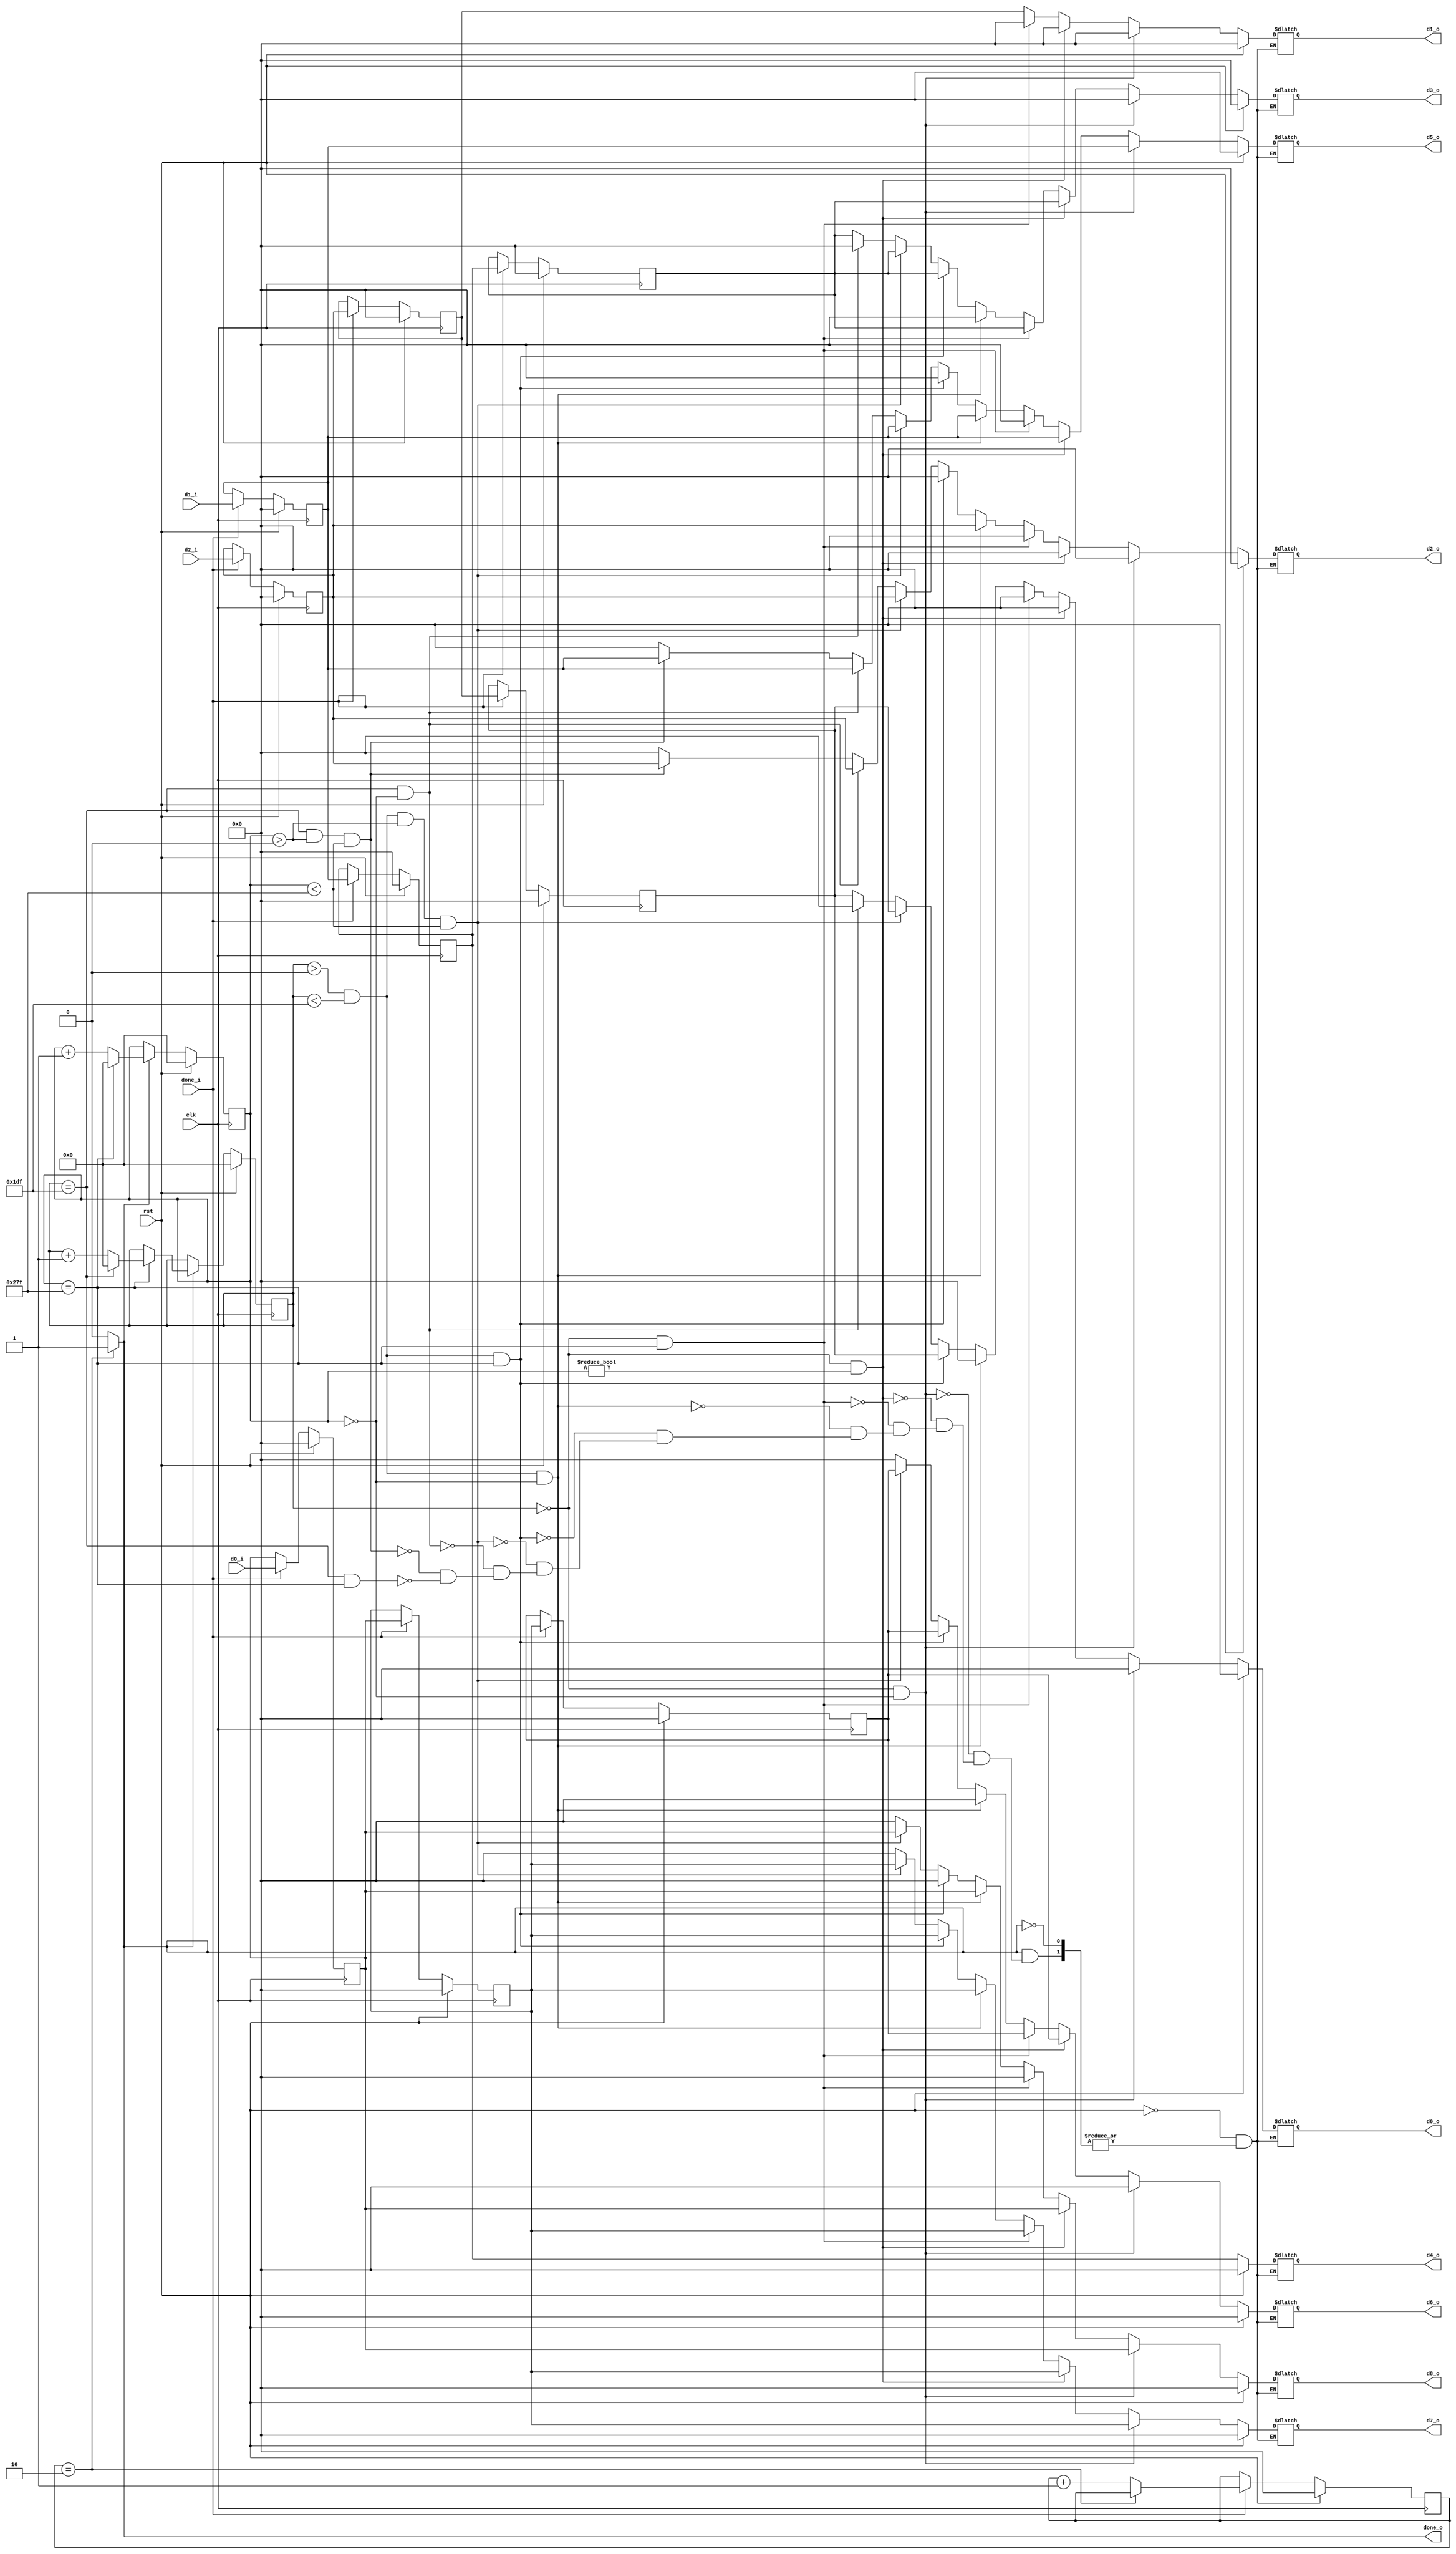
`timescale 1ns / 1ps
//////////////////////////////////////////////////////////////////////////////////
// Company: 
// Engineer: 
// 
// Design Name: 
// Module Name: sobel_data_mod
// Project Name: 
// Target Devices: 
// Tool Versions: 
// Description: 
// 
// Dependencies: 
// 
// Revision:
// Revision 0.01 - File Created
// Additional Comments:
// 
//////////////////////////////////////////////////////////////////////////////////


module sobel_data_mod(
    input clk,
    input rst,

    input [7:0] d0_i,
    input [7:0] d1_i,
    input [7:0] d2_i,

    input done_i,

    output reg [7:0] d0_o, d1_o, d2_o, d3_o, d4_o, d5_o, d6_o, d7_o, d8_o,
    output done_o
    );

    parameter ROWS = 480;
    parameter COLS = 640;

    reg [9:0] row, col;
    reg [7:0] data0, data1, data2, data3, data4, data5, data6, data7, data8;
    reg [7:0] counter;
    
    assign done_o = (counter == 2) ? 1 : 0;


//-----------calculate current pixel's row, col----------

    always @(posedge clk ) begin
        if(rst) begin
            row <= 0;
            col <= 0;
        end else begin
            if(done_o) begin
                col <= (col == COLS-1) ? 0 : col + 1;
                if(col == COLS-1) begin
                    row <= (row == ROWS - 1) ? 0 : row + 1;
                end
            end
        end
    end

//-----------calculate output data-----------------------
//-----------calculate edge cases------------------------

    always @(*) begin
        if (rst) begin
            d0_o <= 0;                      //-----------d0 d1 d2-----------
            d1_o <= 0;                      //-----------d3 d4 d5-----------
            d2_o <= 0;                      //-----------d6 d7 d8-----------
            d3_o <= 0; 
            d4_o <= 0; 
            d5_o <= 0; 
            d6_o <= 0; 
            d7_o <= 0; 
            d8_o <= 0;
        end else begin
            if(done_o) begin
                if(row == 0 && col ==0) begin
                    d0_o <= 0;              //-----------0  0  0-----------
                    d1_o <= 0;              //-----------0  d4 d5-----------
                    d2_o <= 0;              //-----------0  d7 d8-----------
                    d3_o <= 0; 
                    d4_o <= data4; 
                    d5_o <= data5; 
                    d6_o <= 0; 
                    d7_o <= data7; 
                    d8_o <= data8;                    
                end else if(row == 0 && col != 0) begin
                    d0_o <= 0;              //-----------0  0  0-----------
                    d1_o <= 0;              //-----------d3 d4 d5-----------
                    d2_o <= 0;              //-----------d6 d7 d8-----------
                    d3_o <= data3; 
                    d4_o <= data4; 
                    d5_o <= data5; 
                    d6_o <= data6; 
                    d7_o <= data7; 
                    d8_o <= data8;                
                end else if (row == 0 && col == COLS - 1) begin
                    d0_o <= 0;              //-----------0  0  0-----------
                    d1_o <= 0;              //-----------d3 d4 0-----------
                    d2_o <= 0;              //-----------d6 d7 0-----------
                    d3_o <= data3; 
                    d4_o <= data4; 
                    d5_o <= 0; 
                    d6_o <= data6; 
                    d7_o <= data7; 
                    d8_o <= 0;
                end else if (row > 0 && row < ROWS-1 && col == 0) begin
                    d0_o <= 0;              //-----------0 d1 d2-----------
                    d1_o <= data1;          //-----------0 d4 d5-----------
                    d2_o <= data2;          //-----------0 d7 d8-----------
                    d3_o <= 0; 
                    d4_o <= data4; 
                    d5_o <= data5; 
                    d6_o <= 0; 
                    d7_o <= data7; 
                    d8_o <= data8;
                end else if(row > 0 && row < ROWS-1 && col == COLS-1) begin
                    d0_o <= data0;           //-----------d0 d1 0-----------
                    d1_o <= data1;           //-----------d3 d4 0-----------
                    d2_o <= 0;               //-----------d6 d7 0-----------
                    d3_o <= data3; 
                    d4_o <= data4; 
                    d5_o <= 0; 
                    d6_o <= data6; 
                    d7_o <= data7; 
                    d8_o <= 0;
                end else if (row > 0 && row < ROWS-1 && col > 0 && col < COLS-1) begin
                    d0_o <= data0;           //-----------d0 d1 d2-----------
                    d1_o <= data1;           //-----------d3 d4 d5-----------
                    d2_o <= data2;           //-----------d6 d7 d8-----------
                    d3_o <= data3; 
                    d4_o <= data4; 
                    d5_o <= data5; 
                    d6_o <= data6; 
                    d7_o <= data7; 
                    d8_o <= data8;
                end else if (row == ROWS-1 && col == 0) begin
                    d0_o <= 0;               //-----------0 d1 d2-----------
                    d1_o <= data1;           //-----------0 d4 d5-----------
                    d2_o <= data2;           //-----------0  0  0-----------
                    d3_o <= 0; 
                    d4_o <= data4; 
                    d5_o <= data5; 
                    d6_o <= 0; 
                    d7_o <= 0; 
                    d8_o <= 0;                    
                end else if (row == ROWS-1 && col > 0 && col < COLS-1) begin
                    d0_o <= data0;           //-----------d0 d1 d2-----------
                    d1_o <= data1;           //-----------d3 d4 d5-----------
                    d2_o <= data2;           //-----------0  0  0------------
                    d3_o <= data3; 
                    d4_o <= data4; 
                    d5_o <= data5; 
                    d6_o <= 0; 
                    d7_o <= 0; 
                    d8_o <= 0;                    
                end else if (row == ROWS-1 && col == COLS-1) begin
                    d0_o <= data0;           //-----------d0 d1 0-----------
                    d1_o <= data1;           //-----------d3 d4 0-----------
                    d2_o <= 0;               //-----------0  0  0-----------
                    d3_o <= data3; 
                    d4_o <= data4; 
                    d5_o <= 0; 
                    d6_o <= 0; 
                    d7_o <= 0; 
                    d8_o <= 0;
                end            
            end
        end
    end

    always @(posedge clk ) begin
        if (rst) begin
            data0 <= 0;
            data1 <= 0;
            data2 <= 0;
            data3 <= 0;
            data4 <= 0;
            data5 <= 0;
            data6 <= 0;
            data7 <= 0;
            data8 <= 0;            
        end else begin
            if (done_i) begin //begin shifting 
                data0 <= data1;
                data1 <= data2;
                data2 <= d2_i;

                data3 <= data4;
                data4 <= data5;
                data5 <= d1_i;

                data6 <= data7;
                data7 <= data8;
                data8 <= d0_i;
            end            
        end
    end
//-------------handle when to start calculate-----------------------
// When buffer1 done_o == 1, we already have the top two buffer filled ----------------------------------------------->   x o o o
// Therefore, in order to be able to start calculating, we only need the next                                             x o o o  "x" is the padding
// 2 pixel from the input. This would require at least 2 clk cycle(at the left most case), which is why we set            x ? ? 
// counter == 2.
    always @(posedge clk ) begin
        if (rst) begin
            counter <= 0;
        end else begin
            if (done_i) begin
                counter <= (counter == 2) ? counter : counter + 1;
            end else begin
                
            end
        end
    end
endmodule